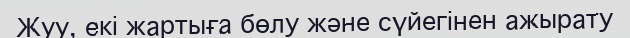
Жуу, екі жартыға бөлу және сүйегінен ажырату